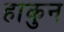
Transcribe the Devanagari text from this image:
हाकुन